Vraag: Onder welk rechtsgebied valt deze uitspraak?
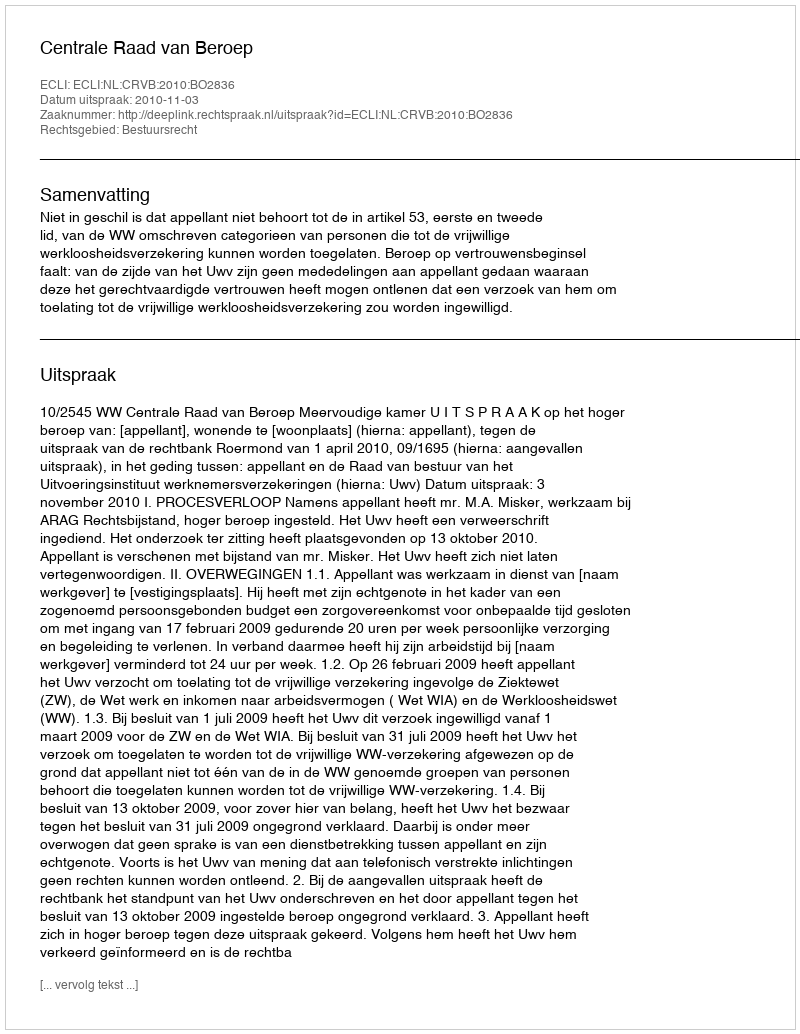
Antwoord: Bestuursrecht